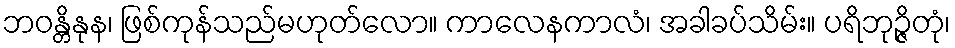
ဘဝန္တိနုန၊ ဖြစ်ကုန်သည်မဟုတ်လော။ ကာလေနကာလံ၊ အခါခပ်သိမ်း။ ပရိဘုဉ္ဇိတုံ၊